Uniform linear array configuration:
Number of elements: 12
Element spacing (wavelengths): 0.25
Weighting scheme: binomial
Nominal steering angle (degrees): -30
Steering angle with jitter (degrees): -30.901
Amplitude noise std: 0.05
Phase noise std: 0.05

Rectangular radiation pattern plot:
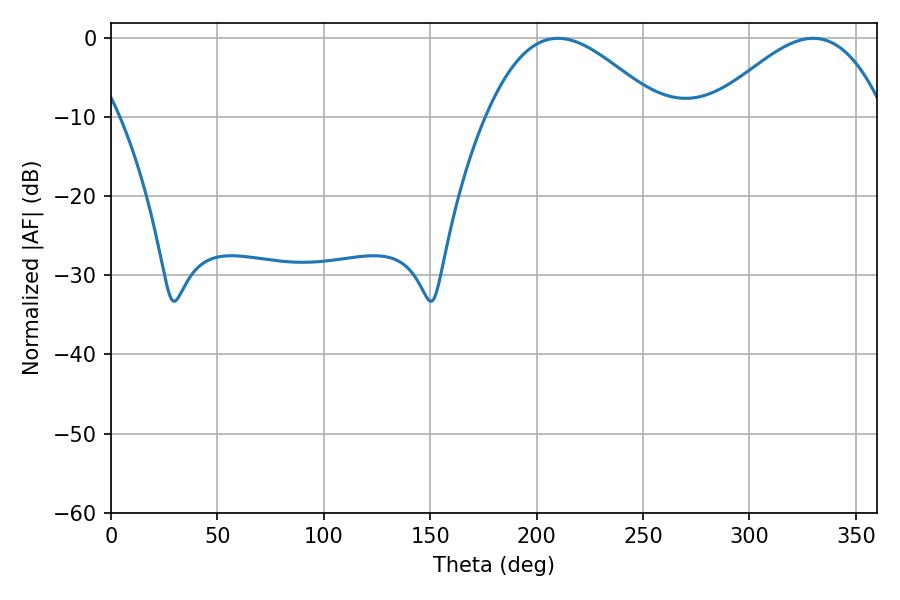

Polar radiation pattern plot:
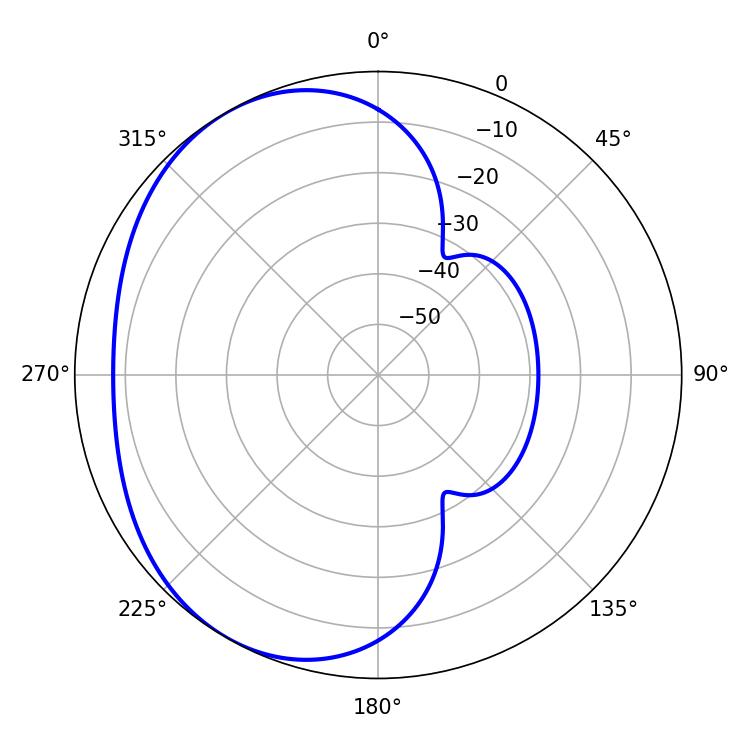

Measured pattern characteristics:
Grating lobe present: FALSE
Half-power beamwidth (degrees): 44.28
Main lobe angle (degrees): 210.06